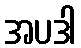
အပဒါ